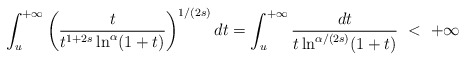
\begin{align*}\int_u^{+\infty}\left(\frac{t}{t^{1+2s}\ln^\alpha(1+t)}\right)^{1/(2s)}dt=\int_u^{+\infty}\frac{dt}{t\ln^{\alpha/(2s)}(1+t)}\ <\ +\infty\end{align*}